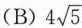
(B) $$4 \sqrt{5}$$